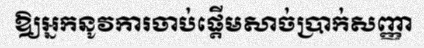
ឱ្យអ្នកនូវការចាប់ផ្តើមសាច់ប្រាក់សញ្ញា